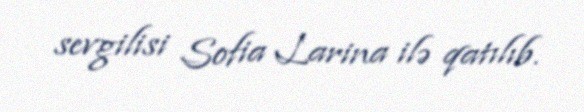
sevgilisi Sofia Larina ilə qatılıb.